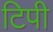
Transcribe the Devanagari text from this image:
टिपी